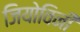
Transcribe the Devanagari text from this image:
जियोविनी